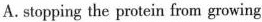
A. stopping the protein from growing